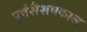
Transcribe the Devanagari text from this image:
पूर्वशैशवकाल